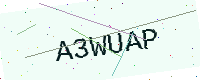
Text: A3WUAP